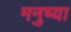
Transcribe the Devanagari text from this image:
मनुष्या